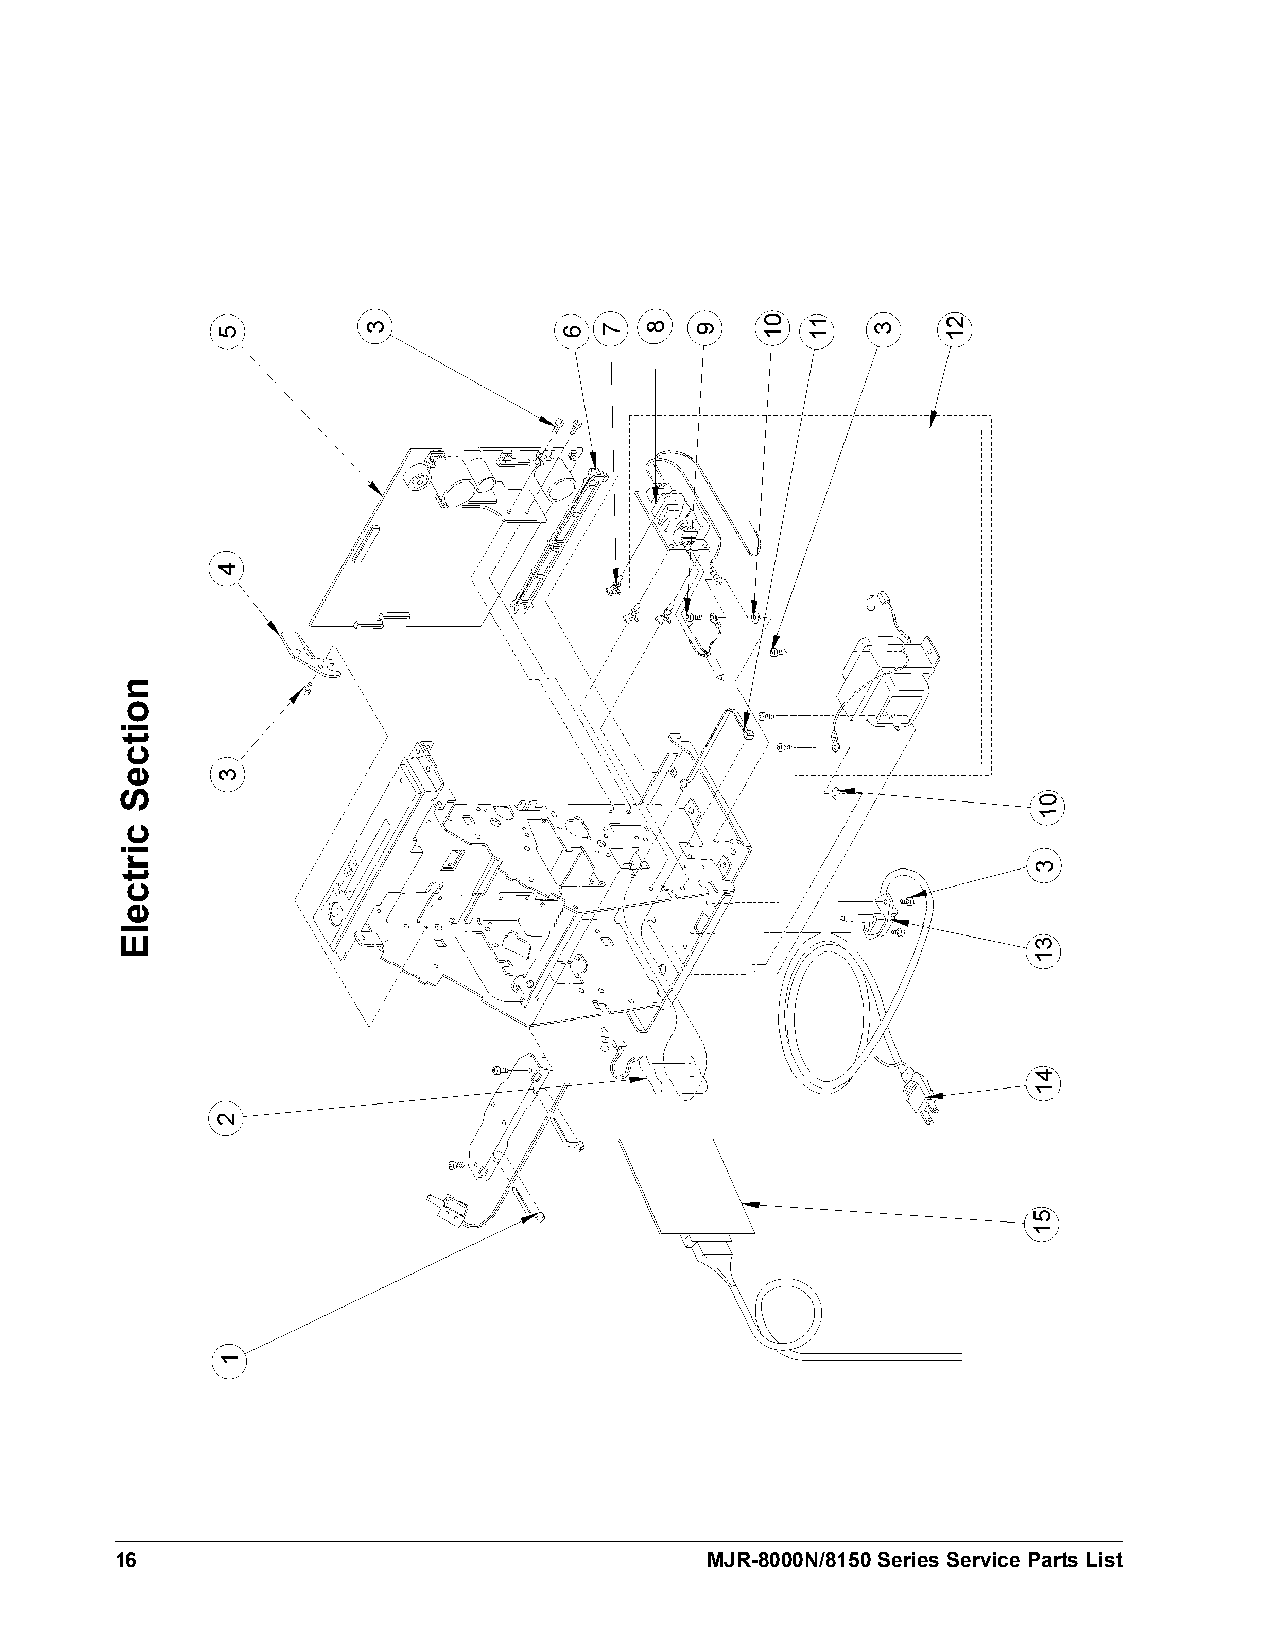
16                                     MJR-8000N/8150 Series Service Parts List
 noitceS
 cirtcelE